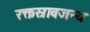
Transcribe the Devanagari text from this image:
रक्तस्रावजन्य